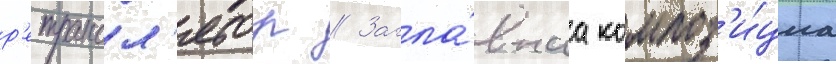
р'етрансл'ятор // Загла́внаа композ'и́циа